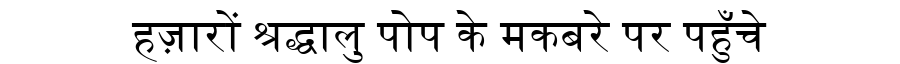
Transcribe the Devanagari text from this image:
हज़ारों श्रद्धालु पोप के मकबरे पर पहुँचे